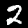
Digit: 2